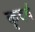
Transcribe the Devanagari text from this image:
कृदर्थ